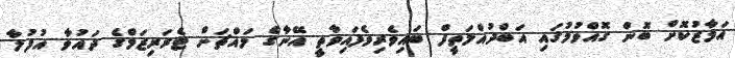
އަމާޒުކޮށް ބޮން ގޮއްވުމުގައި އަބްދުއްލަތީފް ބައިވެރިވެފައިވާތީ އޭނާގެ މައްޗަށް ޓެރަރިޒަމްގެ ދައުވާ އުފުލާ